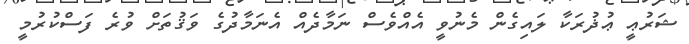
ޝަރުޢީ ޢުޛުރަކާ ލައިގެން މެނުވީ އެއްވެސް ނަމާދެއް އެނަމާދުގެ ވަޤުތަށް ވުރެ ފަސްކުރުމީ